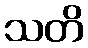
သတိ